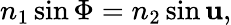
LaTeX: n_{1}\sin\Phi=n_{2}\sin\mathbf{u},